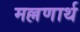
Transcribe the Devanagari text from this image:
मल्लणार्थ